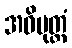
အဓိမုတ္တံ